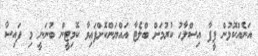
އަނެއްކޮޅުން ފީފާ އިސްލާހު ކުރުމަށް ބްލެޓާ އައްޔަންކޮށްފައިވާ ކޮމިޓީން ބުނަނީ މި ފައިސާ